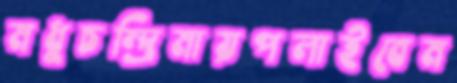
মধুচন্দ্রিমায়পলাইবেম